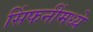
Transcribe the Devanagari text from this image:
सिंफनींमध्ये